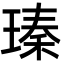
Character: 瑧